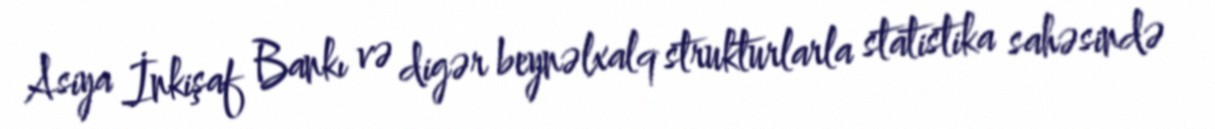
Asiya İnkişaf Bankı və digər beynəlxalq strukturlarla statistika sahəsində